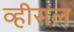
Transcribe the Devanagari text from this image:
व्हीसल